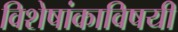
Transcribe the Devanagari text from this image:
विशेषांकाविषयी